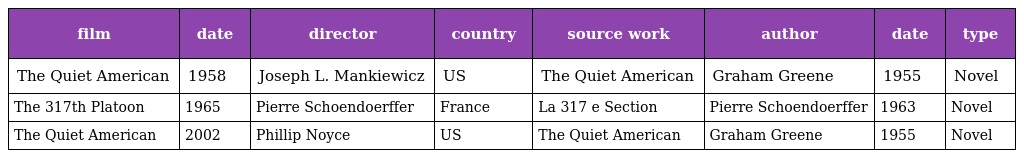
| film | date | director | country | source work | author | date | type |
 | --- | --- | --- | --- | --- | --- | --- | --- |
 | The Quiet American | 1958 | Joseph L. Mankiewicz | US | The Quiet American | Graham Greene | 1955 | Novel |
 | The 317th Platoon | 1965 | Pierre Schoendoerffer | France | La 317 e Section | Pierre Schoendoerffer | 1963 | Novel |
 | The Quiet American | 2002 | Phillip Noyce | US | The Quiet American | Graham Greene | 1955 | Novel |